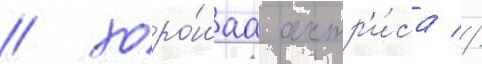
/ хоро́шаа актр'и́са //